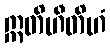
ဣတိဟီတိဟံ